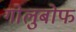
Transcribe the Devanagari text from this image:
गोलुबोफ